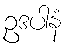
ဥဒပါနံ